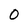
Character: O